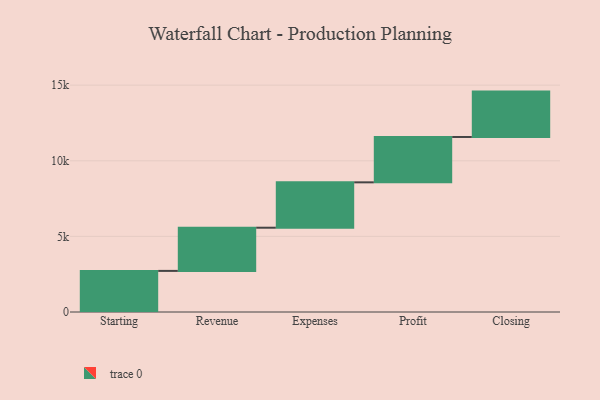
{"axis": {"x": "Step", "y": "Value"}, "legend": [""], "data": [{"x": "Starting", "y": 2718.0, "type": ""}, {"x": "Revenue", "y": 2856.0, "type": ""}, {"x": "Expenses", "y": 3000, "type": ""}, {"x": "Profit", "y": 3000, "type": ""}, {"x": "Closing", "y": 3000, "type": ""}]}